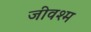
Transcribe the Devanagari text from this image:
जीवश्म